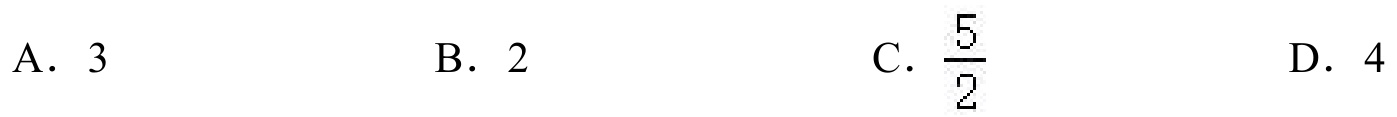
A. \(3\)  B. \(2\)  C. \(\frac{5}{2}\)  D. \(4\)